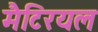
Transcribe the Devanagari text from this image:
मैटिरयल